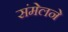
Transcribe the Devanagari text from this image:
संमेलनेे